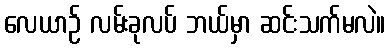
လေယာဉ် လမ်းခုလပ် ဘယ်မှာ ဆင်းသက်မလဲ။